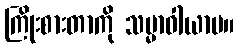
ကြိုးစားတာကို သမ္မာဝါယာမ။